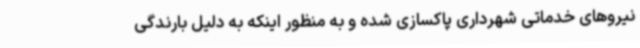
نیروهای خدماتی شهرداری پاکسازی شده و به منظور اینکه به دلیل بارندگی